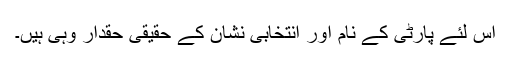
اس لئے پارٹی کے نام اور انتخابی نشان کے حقیقی حقدار وہی ہیں۔